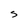
Character: S